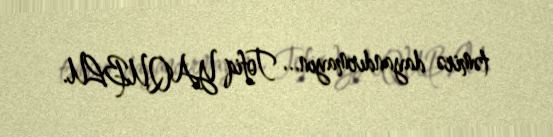
təmirə dayandırmayın... Tofiq YAQUBLU.